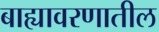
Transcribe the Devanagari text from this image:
बाह्यावरणातील